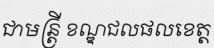
ជាមន្ត្រី ខណ្ឌជលផលខេត្ត